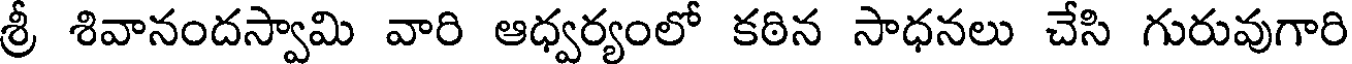
శ్రీ శివానందస్వామి వారి ఆధ్వర్యంలో కఠిన సాధనలు చేసి గురువుగారి